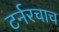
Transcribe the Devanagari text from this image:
टर्नरचाच